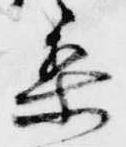
梨